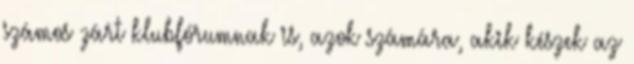
számos zárt klubfórumnak is, azok számára, akik készek az